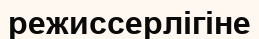
режиссерлігіне